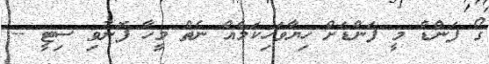
ގޯ ފަންޑް މީ ފަންޑަށް ހިޔާވަހިކަމެއް ނެތް މީހާ ފޮނުވި ސިޓީ --